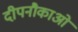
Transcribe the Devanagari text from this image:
दीपनौकाओं